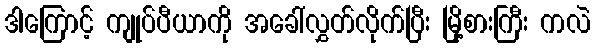
ဒါကြောင့် ကျုပ်ပီယာကို အခေါ်လွှတ်လိုက်ပြီး မြို့စားကြီး ကလဲ